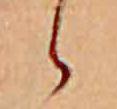
ゝ